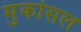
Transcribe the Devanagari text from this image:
मुकोसल